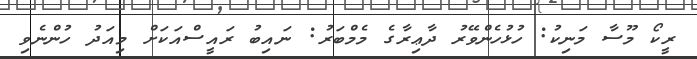
ރީކޯ މޫސާ މަނިކު: ހުޅުހެންވޭރު ދާޢިރާގެ މެމްބަރު: ނައިބު ރައީސްއަކަށް މިއަދު ހުންނެވި